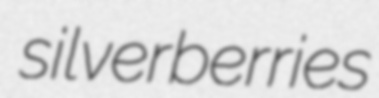
silverberries